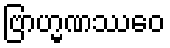
ဗြာဟ္မဏဿေဝ